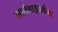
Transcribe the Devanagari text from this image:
नातेवाइकांना